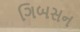
ગિબસન